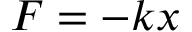
F = - k x